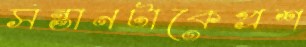
সন্তানটাকেপ্রশ